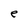
Character: e